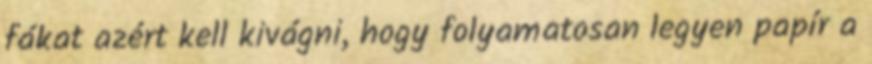
fákat azért kell kivágni, hogy folyamatosan legyen papír a